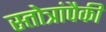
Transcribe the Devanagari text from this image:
स्तोत्रांपैकी